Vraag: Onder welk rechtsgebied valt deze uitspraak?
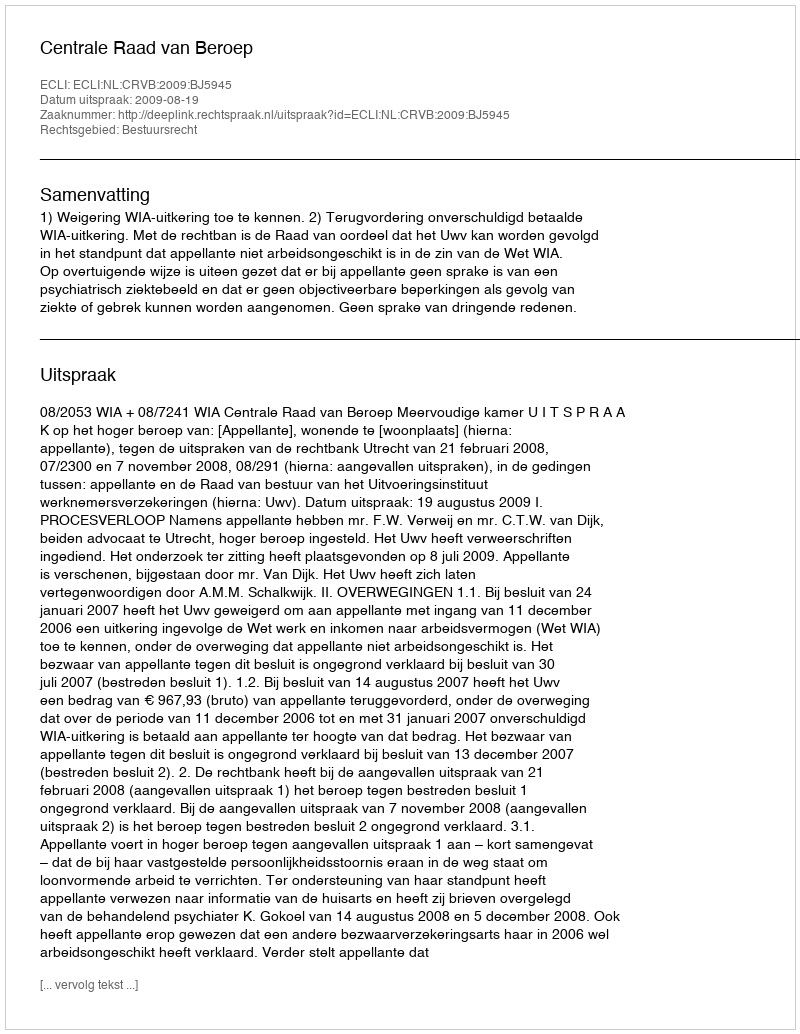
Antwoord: Bestuursrecht